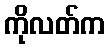
ကိုလတ်က